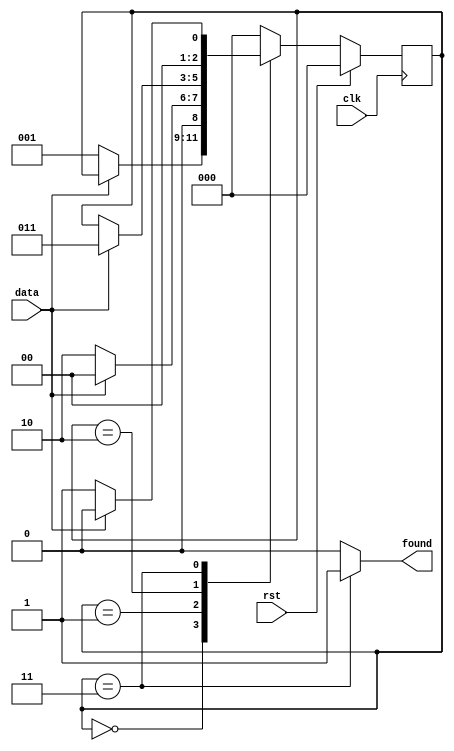

// pattern recognizer for pattern '001'
module dataonly(input wire clk,
				input wire rst,
				input wire data,
				output wire found);

	reg [2:0] state, nextstate;
	parameter S0 = 0, S1 = 1, S2 = 2, S3 = 3;

	always @(posedge clk)
	state <= (rst) ? 3'b0 : nextstate;

	always @(*)
	begin
		nextstate = state;
		case (state)
		  S0: if (data == 1'b0)
		  		nextstate = S1;
		  S1: if (data == 1'b0)
		  		nextstate = S2;
		  	  else 
		  	  	nextstate = S0;
		  S2: if (data == 1'b1)
		        nextstate = S3;
		  S3: if (data == 1'b0)
		        nextstate = S1;
		      else
		        nextstate = S0;
		  default: 
		      nextstate = S0;		  	  
		endcase
	end

    assign found = (state == S3) ? 1'b1 : 1'b0;

endmodule